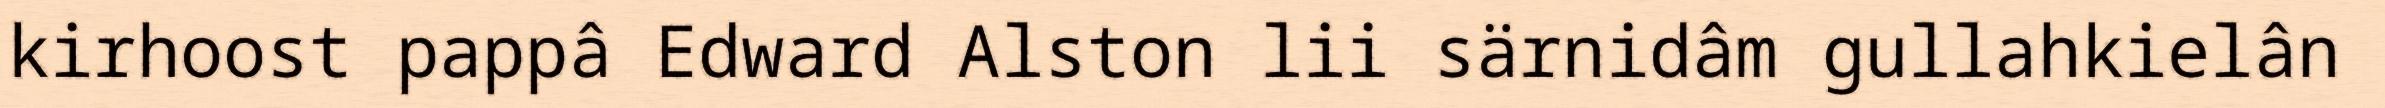
kirhoost pappâ Edward Alston lii särnidâm gullahkielân